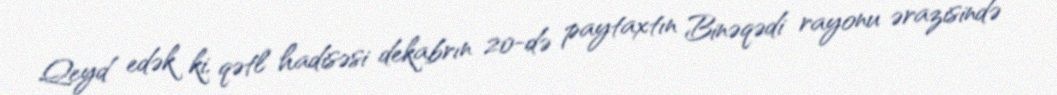
Qeyd edək ki, qətl hadisəsi dekabrın 20-də paytaxtın Binəqədi rayonu ərazisində